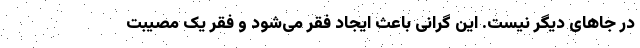
در جاهای دیگر نیست. این گرانی باعث ایجاد فقر می‌شود و فقر یک مصیبت